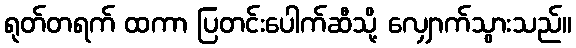
ရုတ်တရက် ထကာ ပြတင်းပေါက်ဆီသို့ လျှောက်သွားသည်။